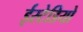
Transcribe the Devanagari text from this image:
ईस्टेडियो